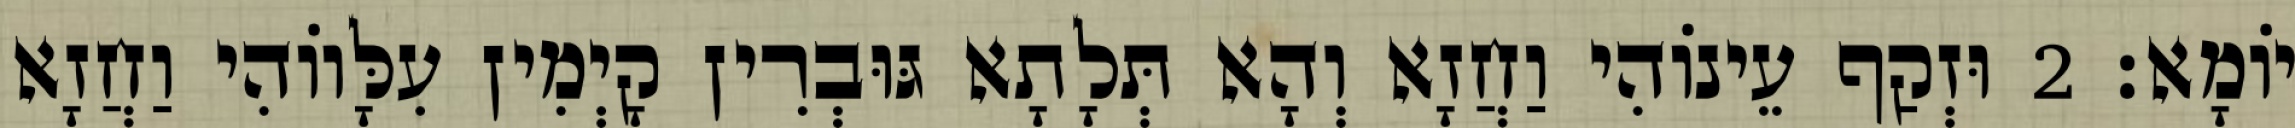
יוֹמָא׃ 2 וּזְקַף עֵינוֹהִי וַחֲזָא וְהָא תְּלָתָא גּוּבְרִין קָיְמִין עִלָּווֹהִי וַחֲזָא